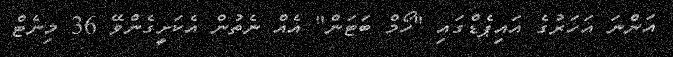
އަންނަ އަހަރުގެ އައިޕެޑްގައި "ހޯމް ބަޓަން" އެއް ނެތުން އެކަށީގެންވޭ 36 މިނެޓް